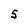
Character: S